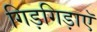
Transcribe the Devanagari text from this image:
गिड़गिड़ाएॅ